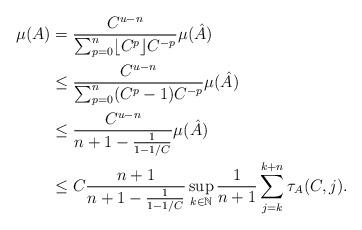
LaTeX: \begin{align*}\begin{aligned}\mu(A) & = \frac{C^{u-n}}{\sum_{p=0}^n \lfloor C^p \rfloor C^{-p}} \mu(\hat{A}) \\& \leq \frac{C^{u-n}}{\sum_{p=0}^n (C^p-1) C^{-p}} \mu(\hat{A}) \\& \leq \frac{C^{u-n}}{n+1 - \frac{1}{1-1/C}} \mu(\hat{A}) \\& \leq C \frac{n+1}{n+1 - \frac{1}{1-1/C}} \sup_{k \in \mathbb{N}} \frac{1}{n+1} \sum_{j=k}^{k+n} \tau_A(C,j).\end{aligned}\end{align*}